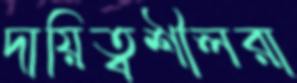
দায়িত্বশীলরা